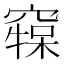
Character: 𥧷